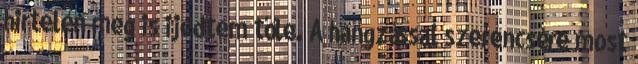
hirtelen meg is ijedtem tőle. A hangzással szerencsére most